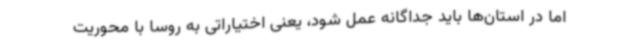
اما در استان‌ها باید جداگانه عمل شود، یعنی اختیاراتی به روسا با محوریت